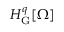
H _ { \mathrm { G } } ^ { q } [ \Omega ]